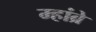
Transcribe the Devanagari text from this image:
म्हांब्रे